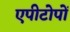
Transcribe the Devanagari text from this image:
एपीटोपों